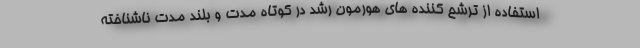
استفاده از ترشح کننده های هورمون رشد در کوتاه مدت و بلند مدت ناشناخته